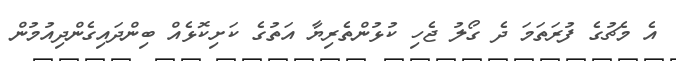
އެ މެޗުގެ ފުރަތަމަ ދެ ގޯލު ޖެހި ކުޅުންތެރިޔާ އަތުގެ ކަށިކޮޅެއް ބިންދައިގެންދިއުމުން